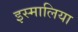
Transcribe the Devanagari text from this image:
इस्मालिया